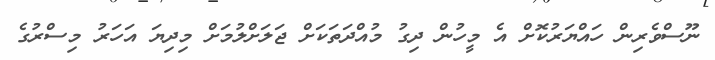
ނޫސްވެރިން ހައްޔަރުކޮށް އެ މީހުން ދިގު މުއްދަތަކަށް ޖަލަށްލުމަށް މިދިޔަ އަހަރު މިސްރުގެ